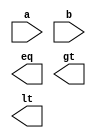
module two_bit_comparator(input [1:0] a, b, output eq, gt, lt);
    // wire xnor_A_C, xnor_B_D;
    // wire A_not, B_not, C_not, D_not;

    // wire a_not_and_b_not_and_d, a_not_and_c, b_not_and_c_and_d;
    // wire b_and_c_not_and_d_not, a_and_c_not, a_and_b_and_d_not;

    // not(A_not, a[1]);
    // not(B_not, a[0]);
    // not(C_not, b[1]);
    // not(D_not, b[0]);

    // // LT = A'B'D + A'C + B'CD
    // and(a_not_and_b_not_and_d, A_not, B_not, b[0]);
    // and(a_not_and_c, A_not, b[1]);
    // and(b_not_and_c_and_d, B_not, b[1], b[0]);

    // or(lt, a_not_and_b_not_and_d, a_not_and_c, b_not_and_c_and_d);


    // // EQ = (A xnor B) . (C xnor D)
    // xnor(xnor_A_C, a[1], b[1]);
    // xnor(xnor_B_D, a[0], b[0]);
    // and(eq, xnor_A_C, xnor_B_D);


    // // GT = BC'D' + AC' + ABD'
    // and(b_and_c_not_and_d_not, a[0], C_not, D_not);
    // and(a_and_c_not, a[1], C_not);
    // and(a_and_b_and_d_not, a[1], a[0], D_not);

    // or(gt, b_and_c_not_and_d_not, a_and_c_not, a_and_b_and_d_not);

    // -----------------------------------------------------

    // dataflow implementation
    // assign eq = a == b;
    // assign gt = a > b;
    // assign lt = a < b;

endmodule